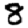
Digit: 8